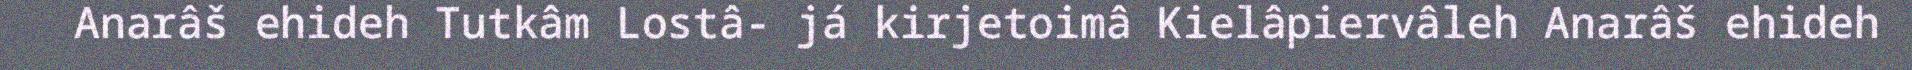
Anarâš ehideh Tutkâm Lostâ- já kirjetoimâ Kielâpiervâleh Anarâš ehideh